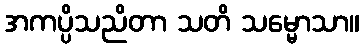
အကပ္ပိသညိတာ သတိ သမ္မောသာ။